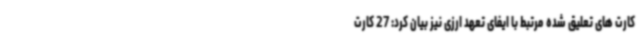
کارت های تعلیق شده مرتبط با ایفای تعهد ارزی نیز بیان کرد: 27 کارت